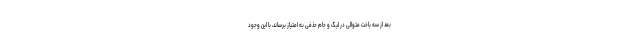
بعد از سه باخت متوالی در لیگ و جام حذفی به امتیاز برساند، با این وجود